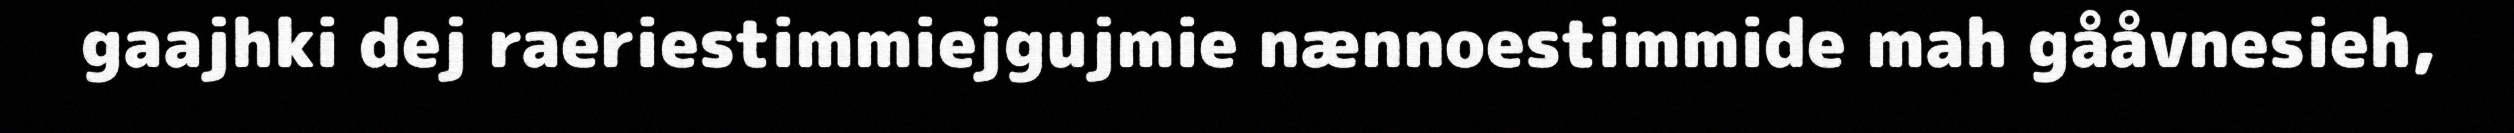
gaajhki dej raeriestimmiejgujmie nænnoestimmide mah gååvnesieh,